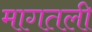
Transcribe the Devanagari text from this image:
मागतली